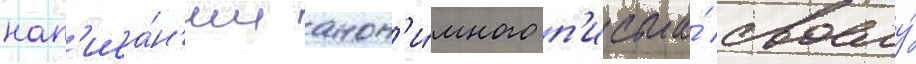
нап'иса́н'ии анон'и́много п'исьма́ своему́